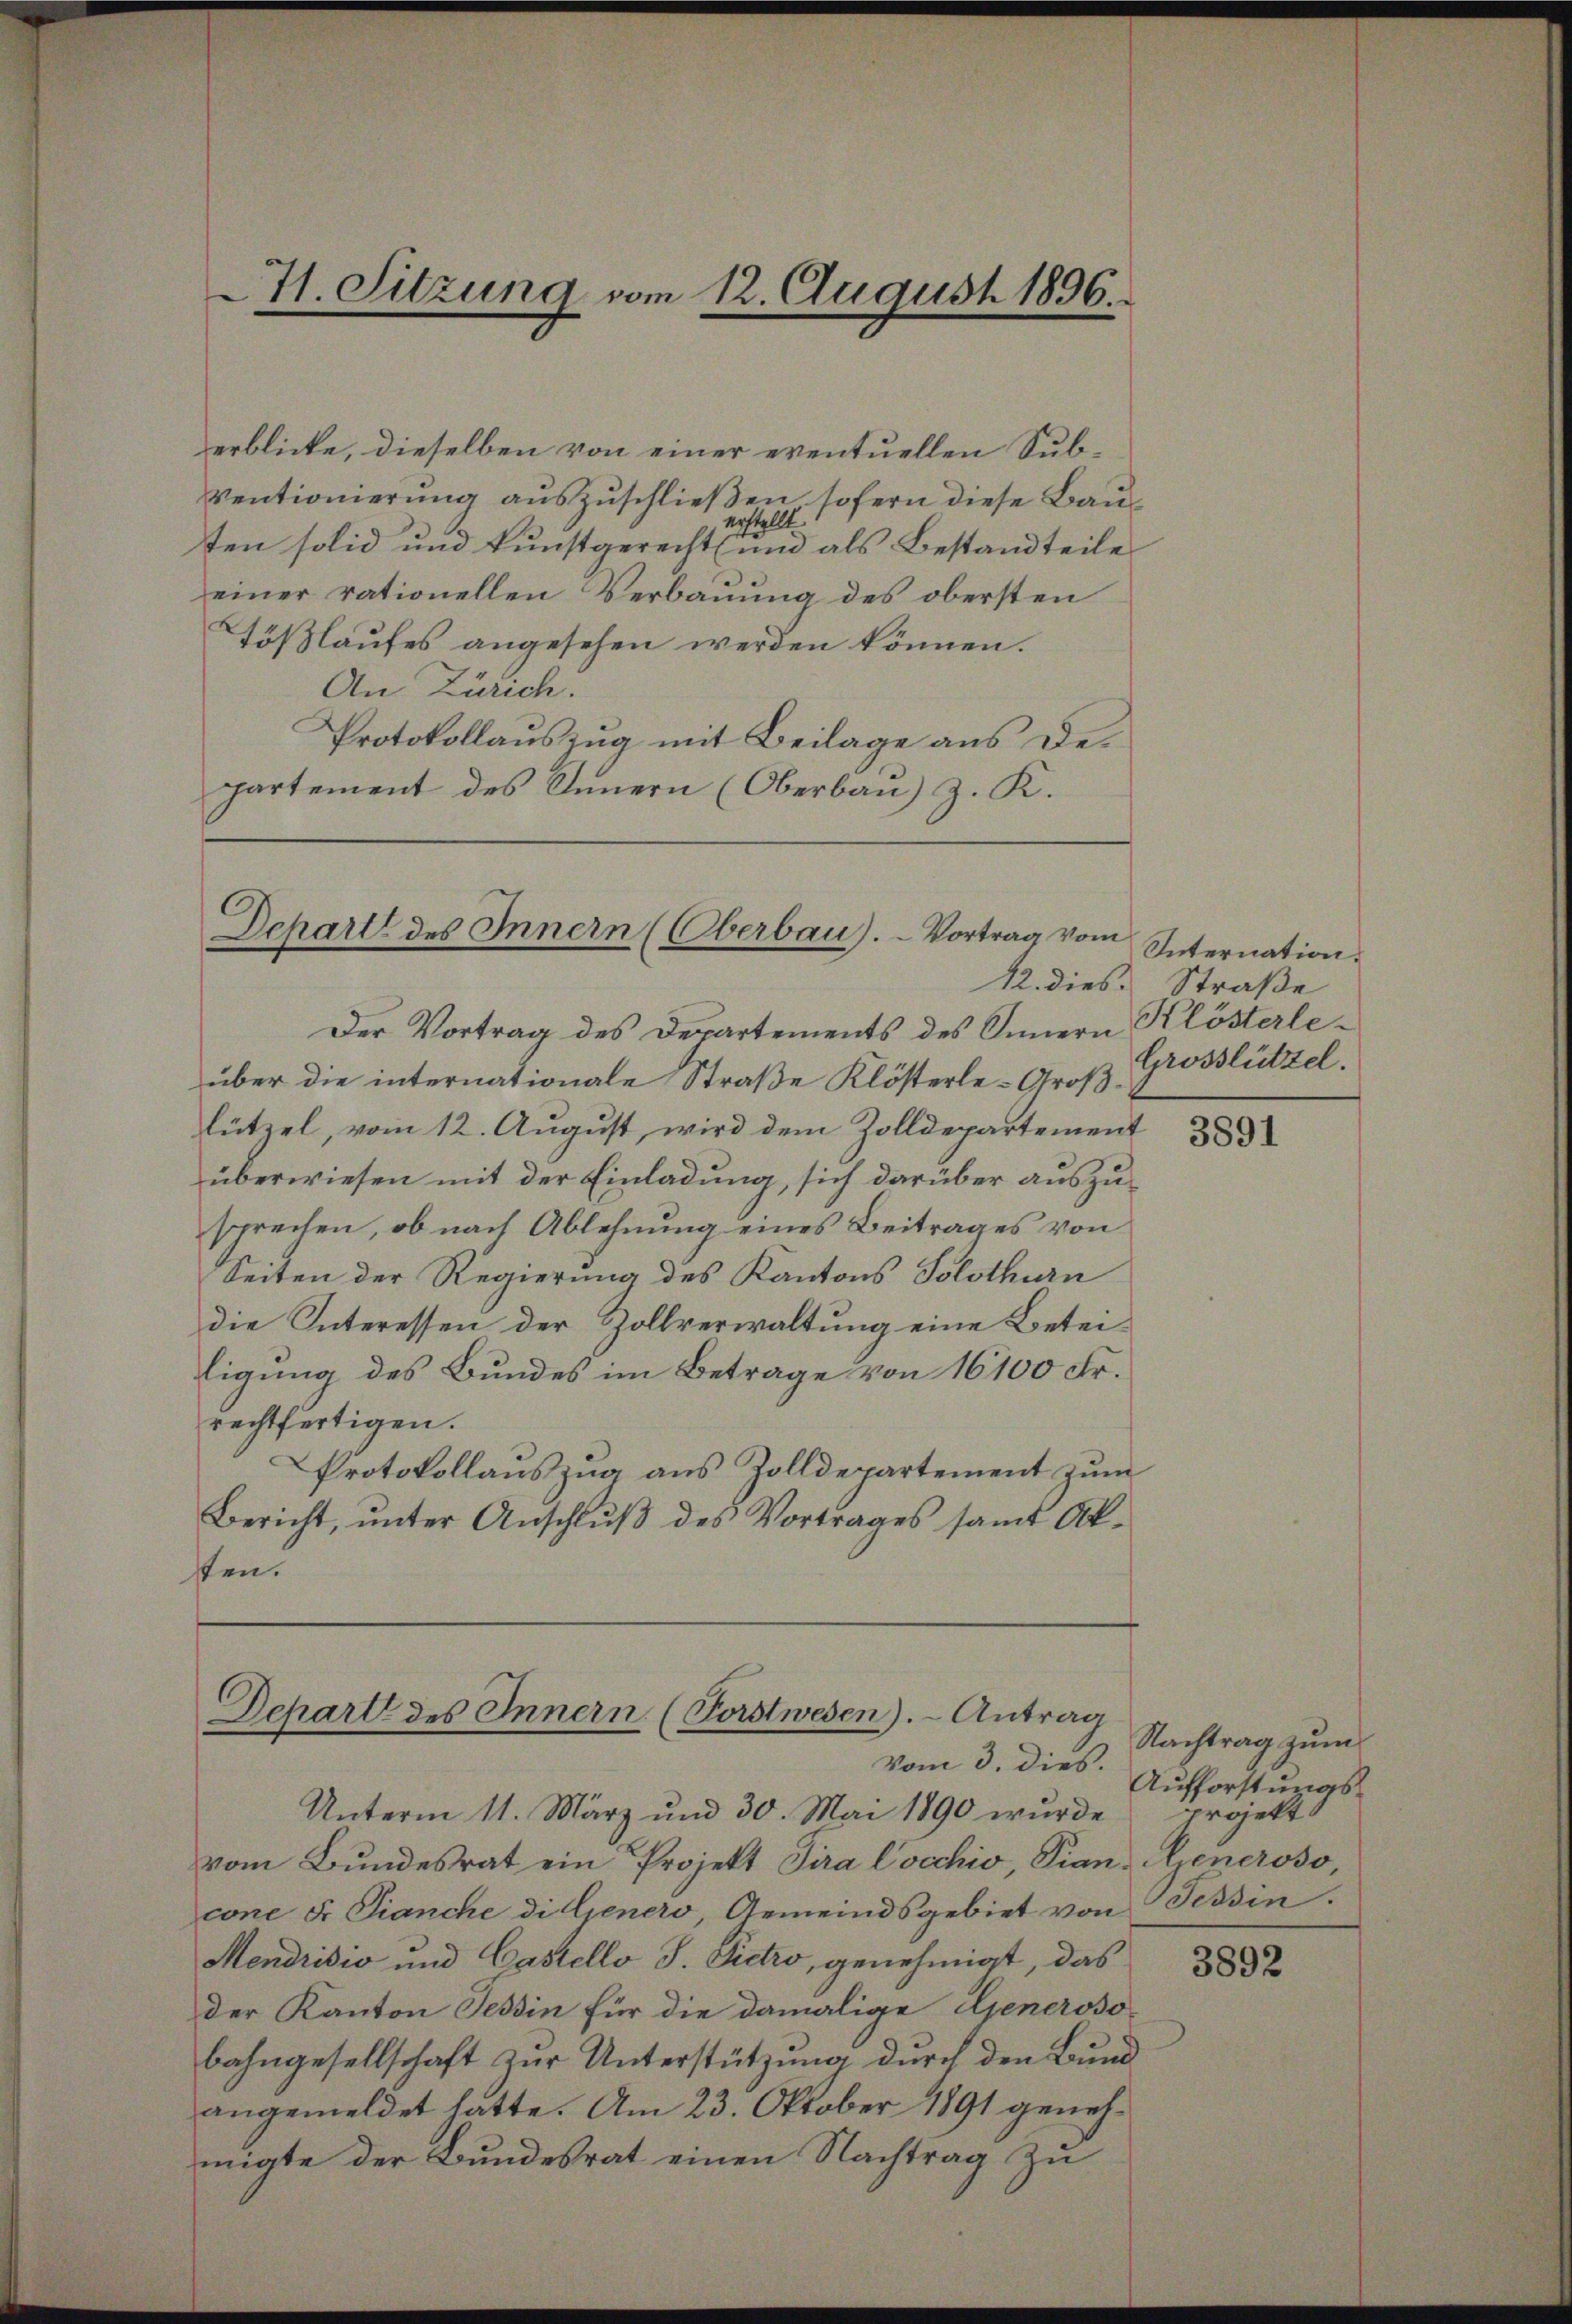
71. Sitzung vom 12. August 1896.

erblicke, dieselben von einer eventuellen Sub-
Ventionierung auszuschließen sofern diese Bautellt
19
ten solid und kunstgerecht und als Bestandteile
einer rationellen Verbauung des obersten
Tößlaufes angesehen werden können.
An Zürich.
Protokollauszug mit Beilage aus Departement des Innern (Oberbau) z. K.

Schart des Innern (Oberbau).- Vortrag vom

Dchart des Innern (Forstwesen). - Antrag
vom 3. dies.

Der Vortrag des Departements des Innern
über die internationale Straße Klösterle-Großlützel, vom 12. August, wird dem Zolldepartement
überwiesen mit der Einladung, sich darüber auszusprechen, ob nach Ablehnung eines Beitrages von
Seiten der Regierung des Kantons Solothurn
die Interessen der Zollverwaltung eine Beteiligung des Bundes im Betrage von 16100 Fr.
rechtfertigen.
Protokollauszug aus Zolldepartement zum
Bericht, ŭnter Anschlŭβ des Vortrages samt Ak-
sten.

Unterm 11. März und 30. Mai 1890 wurde
vom Bundesrat ein Projekt Pira Cocchio, Pian- Generoso,
cone Fr. Pianche di Geners, Gemeindsgebiet von Tessin.
Mendrisis und Castello J. Sietro, genehmigt, das
der Kanton Tessin für die damalige Generoso-
bahngesellschaft zur Unterstützung durch den Bund
angemeldet hatte. Am 23. Oktober 1891 genehmigte der Bundesrat einen Nachtrag zu

Internation.
12. dies Straße
Klösterle-
Grosslützel.

3891

Nachtrag zum
Aufforstungsprojekt

3892